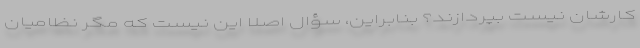
کارشان نیست بپردازند؟ بنابراین، سؤال اصلاً این نیست که مگر نظامیان